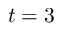
t = 3